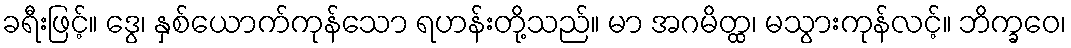
ခရီးဖြင့်။ ဒွေ၊ နှစ်ယောက်ကုန်သော ရဟန်းတို့သည်။ မာ အဂမိတ္ထ၊ မသွားကုန်လင့်။ ဘိက္ခဝေ၊